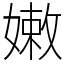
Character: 嫩